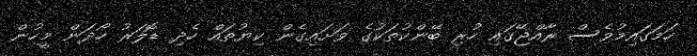
ހަމަގައިމުވެސް ރާއްޖޭގައި ހުރި ބޭންކުތަކުގެ ވަށައިގެން ކިޔުތައް ހެދި ޑޮލަރު ހޯދަން މީހުން